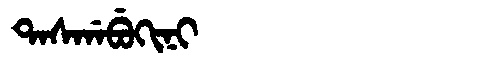
Manchu: ᡨᠠᠰᡤᠠᠪᡠᡴᡳᠨᡳ
Romanization: TASGABUKINI